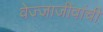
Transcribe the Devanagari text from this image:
वेज्जाजीवांची